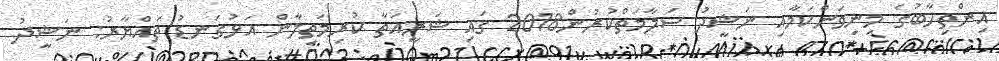
އިންތިހާބުގެ މިނިވަންކަމާއި ނަޝީދު ސަލާމަތްކުރުން2018 ގައި ޝަރީއަތާ ކުރިމަތިލާން އަޅުގަނޑު ތައްޔާރު: ނަޝީދު